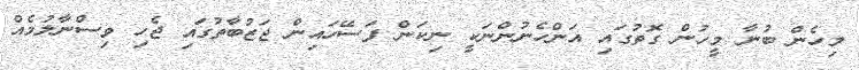
މިހެން ބުނާ މީހުން ގޮތުގައި އަންހެނުންނަކީ ނިކަން ފަސޭހައިން ޖަޒުބާތުގައި ޖެހި ވިސްނާލުމެއް